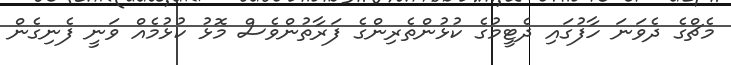
މެޗްގެ ދެވަނަ ހާފުގައި ދެޓީމުގެ ކުޅުންތެރިންގެ ފަރާތުންވެސް މޮޅު ކުޅުމެއް ވަނީ ފެނިގެން